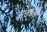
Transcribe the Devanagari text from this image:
वाचकाचे